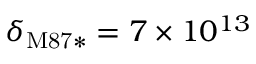
\delta _ { \mathrm { M 8 7 * } } = 7 \times 1 0 ^ { 1 3 }